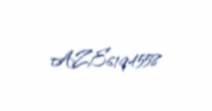
AZE6194558